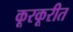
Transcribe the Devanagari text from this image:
कूरकूरीत